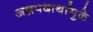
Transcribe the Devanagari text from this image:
अन्नपदार्थांमुळे